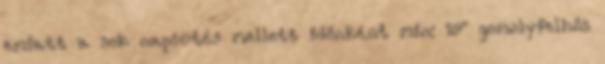
emiatt a sok napsütés mellett időnként min: 19° gomolyfelhős